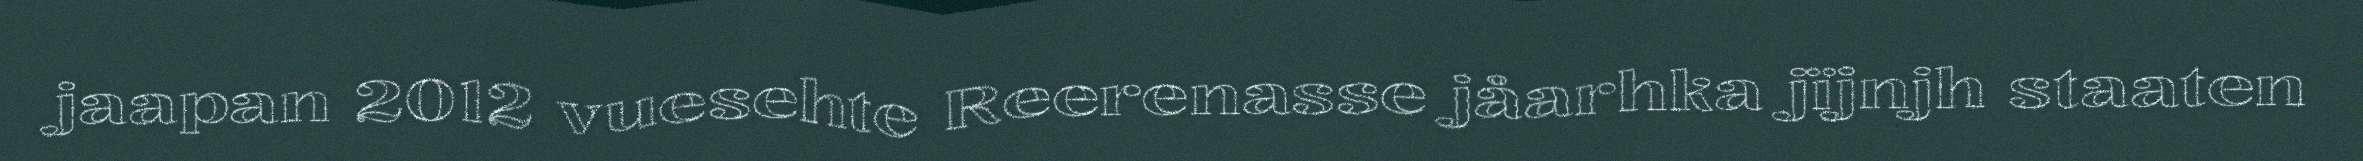
jaapan 2012 vuesehte Reerenasse jåarhka jïjnjh staaten